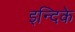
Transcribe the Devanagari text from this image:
इन्दिके